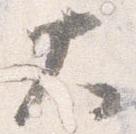
大